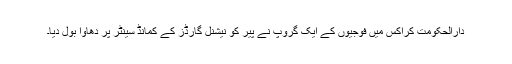
دارالحکومت کراکس میں فوجیوں کے ایک گروپ نے پیر کو نیشنل گارڈز کے کمانڈ سینٹر پر دھاوا بول دیا۔